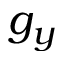
g _ { y }